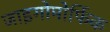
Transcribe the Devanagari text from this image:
जाइगोमोर्फिक